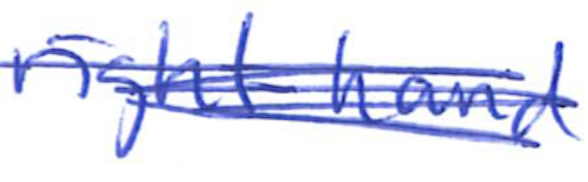
Text: right-hand
Cross-out: scratch
Writing tool: ballpoint